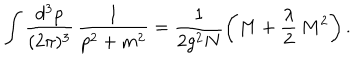
LaTeX: \int \frac { d ^ { 3 } p } { ( 2 \pi ) ^ { 3 } } \, \frac { 1 } { p ^ { 2 } + m ^ { 2 } } = \frac { 1 } { 2 g ^ { 2 } N } \left( M + \frac { \lambda } { 2 } \, M ^ { 2 } \right) .